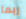
ربما